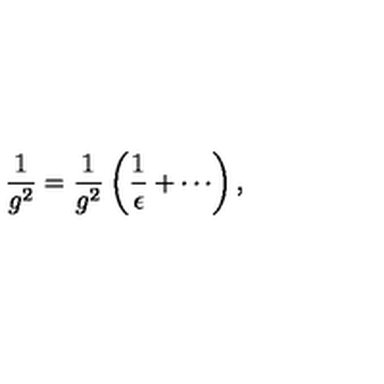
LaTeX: \frac { 1 } { g ^ { 2 } } = \frac { 1 } { g ^ { 2 } } \left( \frac { 1 } { \epsilon } + \cdots \right) ,